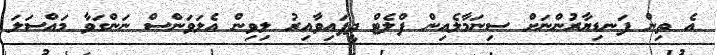
އެ ތިން ފަނޑިޔާރުންނަށް ސިނަމާލެއިން ފްލެޓް ދީފައިވާއިރު ލިވިން އެލަވަންސް ނަންގަވާ މައްސަލަ